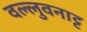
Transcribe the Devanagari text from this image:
वल्लुवनाट्ट